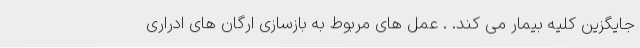
جایگزین کلیه بیمار می کند. . عمل های مربوط به بازسازی ارگان های ادراری